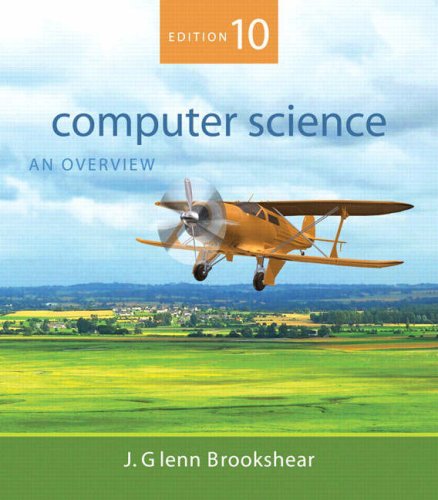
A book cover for Computer Science: An Overview (10th Edition); J. Glenn Brookshear; Business & Money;